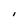
Character: i